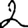
Digit: 2